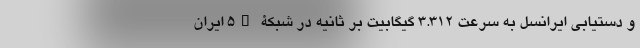
و دستیابی ایرانسل به سرعت ۳.۳۱۲ گیگابیت بر ثانیه در شبکۀ 5G ایران